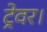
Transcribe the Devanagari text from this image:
ट्रेवर।